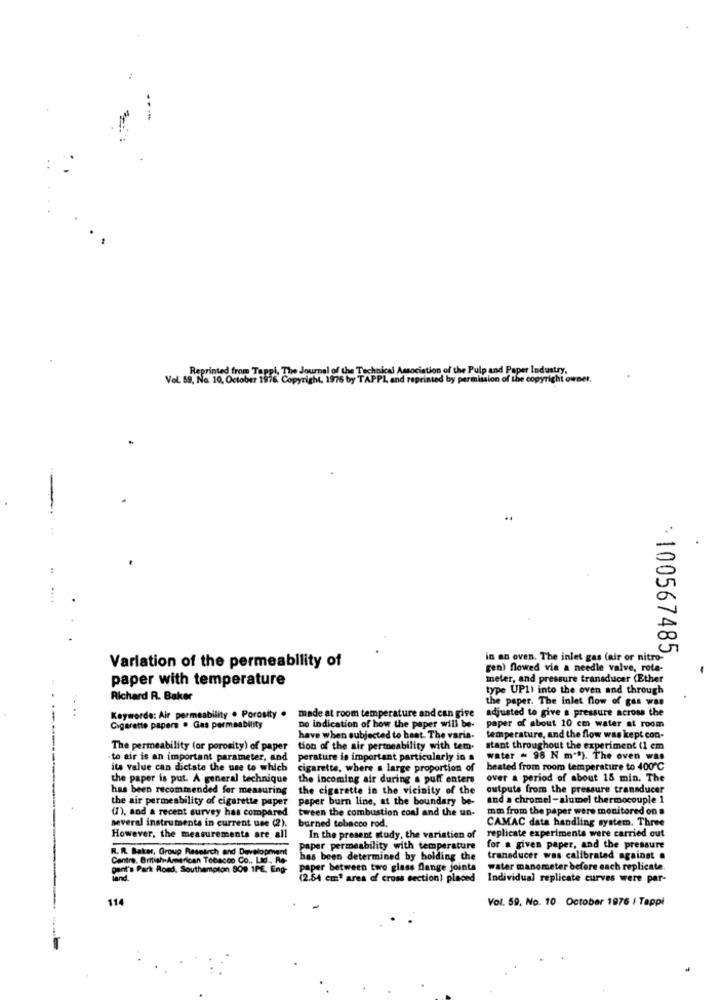
Reprinted from Tappi, The J
on of the Pulp and Paper Industry,
Vol. 59, No 10, October 1976. Copyrigh
by permission of the copyright owner.
-
: 100567485,
Variation of the permeability of
in an oven. The inlet gas (air or nitro-
gen) flowed via a needle valve, rote-
paper with temperature
meter, and pressure transducer (Ether
type UP1) into the oven and through
Richard R. Baker
the paper. The inlet flow of gas was
adjusted to give a pressure across the
Keywords: Air permeability . Porosity .
made at room temperature and can give
Cigarette papers . Gas permeability
no indication of how the paper will be-
paper of about 10 cm water at room
have when subjected to heat. The varia-
temperature, and the flow was kept con-
The permeability (or porosity) of paper
tion of the air permeability with tem-
stant throughout the experiment (1 em
to air is an important parameter, and
perature is important particularly in a water # 98 N m""). The oven was
its value can dictate the use to which
cigarette, where a large proportion of
heated from room temperature to 400℃
the paper is put. A general technique
the incoming air during a puff enters
over a period of about 15 min. The
has been recommended for measuring
the cigarette in the vicinity of the outputs from the pressure transducer
the air permeability of cigarette paper
paper burn line, at the boundary be-
and a chromel -alumel thermocouple 1
(7), and a recent survey has compared
tween the combustion coal and the un-
mm from the paper were monitored on a
several instruments in current use (2).
burned tobacco rod
CAMAC data handling system. Three
replicate experimente were carried out
However, the measurements are all
In the present study, the variation of
R. R. Baker, Group Research and Development
paper permeability with temperature
for a given paper, and the pressure
Centre. British-American Tobacco Co ., Ltd. Ro-
has been determined by holding the
transducer was calibrated against .
perit's Park Road, Southampton 909 1PE, Eng-
paper between two glass flange joints
water manometer before each replicate.
(2.84 em" area of cross section) placed
Individual replicate curves were par-
114
Vol. 59, No. 10 October 1976 | Tappi